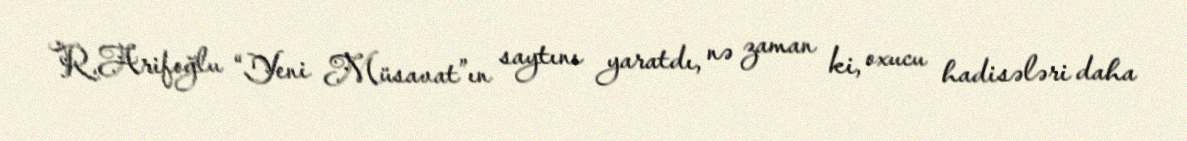
R.Arifoğlu “Yeni Müsavat”ın saytını yaratdı, nə zaman ki, oxucu hadisələri daha